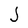
Character: J